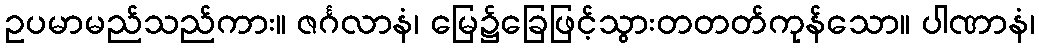
ဥပမာမည်သည်ကား။ ဇင်္ဂလာနံ၊ မြေ၌ခြေဖြင့်သွားတတတ်ကုန်သော။ ပါဏာနံ၊